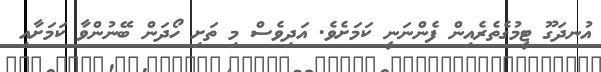
އުނދަގޫ ޓީމުގެތެރެއިން ފެންނަނީ ކަމަށެވެ. އަަދިވެސް މި ތަށި ހޯދަން ބޭނުންވާ ކަމަށާއި